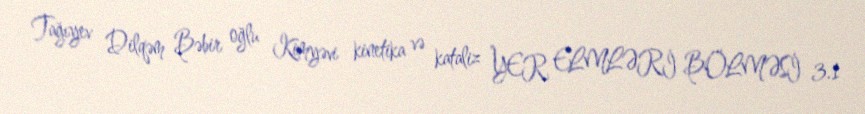
Tağıyev Dilqəm Bəbir oğlu Kimyəvi kinetika və kataliz YER ELMLƏRİ BÖLMƏSİ 3.1